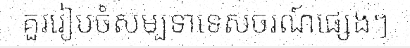
គួររៀបចំសម្បទាទេសចរណ៍ផ្សេងៗ